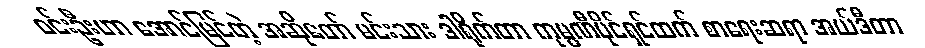
ဝင်းဦးဟာ အောင်မြင်တဲ့ အဆိုတော် မင်းသား ဒါရိုက်တာ ကုမ္ပဏီပိုင်ရှင်ထက် စာရေးဆရာ အယ်ဒီတာ